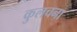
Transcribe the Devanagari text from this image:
कुलचना